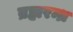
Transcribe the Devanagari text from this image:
ब्रह्मरन्ध्र